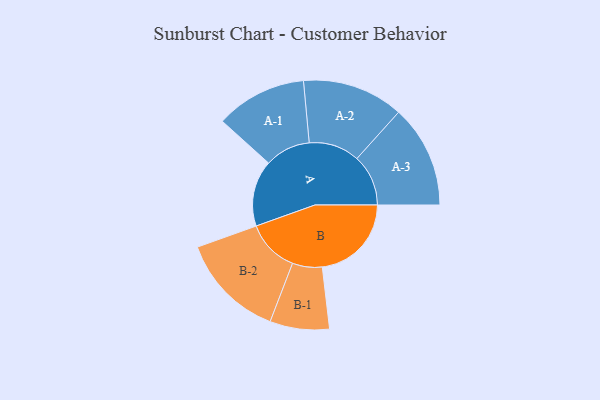
{"axis": {"x": "Segment", "y": "Value"}, "legend": ["", "A", "B"], "data": [{"x": "A", "y": 287, "type": ""}, {"x": "B", "y": 387, "type": ""}, {"x": "A-1", "y": 198, "type": "A"}, {"x": "A-2", "y": 220, "type": "A"}, {"x": "A-3", "y": 223, "type": "A"}, {"x": "B-1", "y": 129, "type": "B"}, {"x": "B-2", "y": 229, "type": "B"}]}